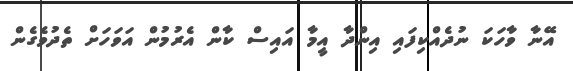
އޭނާ ވާހަކަ ނުދެއްކިފައި އިންދާ އީމާ އައިސް ކާން އެރުމުން އަވަހަށް ތެދުވެގެން